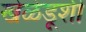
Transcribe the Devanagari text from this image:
खेळेडूशी